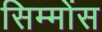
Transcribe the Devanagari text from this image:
सिम्मोंस